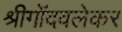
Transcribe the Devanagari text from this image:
श्रीगोंदवलेकर